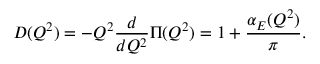
D ( Q ^ { 2 } ) = - Q ^ { 2 } \frac { d } { d Q ^ { 2 } } \Pi ( Q ^ { 2 } ) = 1 + \frac { \alpha _ { E } ( Q ^ { 2 } ) } \pi .